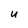
Character: u